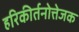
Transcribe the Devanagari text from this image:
हरिकीर्तनोत्तेजक